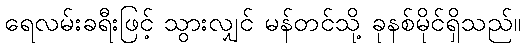
ရေလမ်းခရီးဖြင့် သွားလျှင် မန်တင်သို့ ခုနစ်မိုင်ရှိသည်။